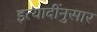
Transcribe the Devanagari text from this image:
इत्यादींनुसार